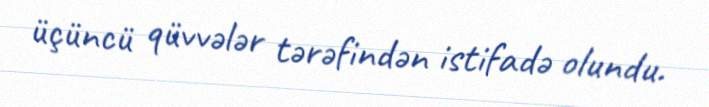
üçüncü qüvvələr tərəfindən istifadə olundu.